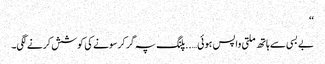
‘‘
بے بسی سے ہاتھ ملتی واپس ہوئی…..پلنگ پہ گر کرسونے کی کوشش کرنے لگی۔